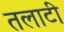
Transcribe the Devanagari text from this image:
तलाटी